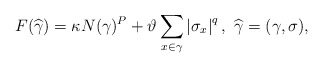
\begin{align*}F(\widehat{\gamma })=\kappa N(\gamma )^{P}+\vartheta \sum_{x\in \gamma}\left\vert \sigma _{x}\right\vert ^{q},\ \widehat{\gamma }=(\gamma,\sigma ), \end{align*}